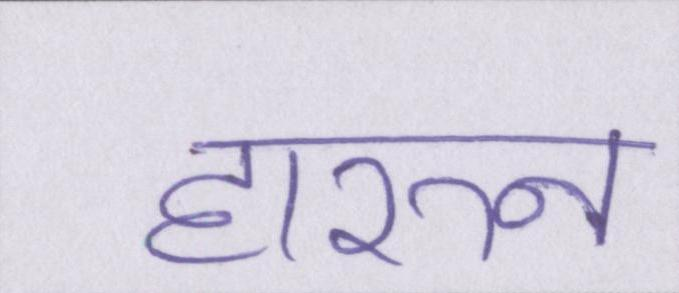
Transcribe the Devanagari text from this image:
हारुन